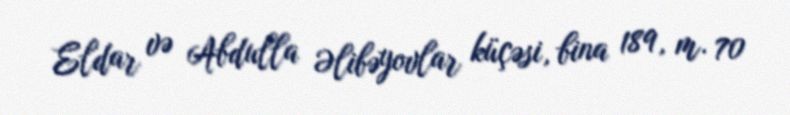
Eldar və Abdulla Əlibəyovlar küçəsi, bina 189, m. 70